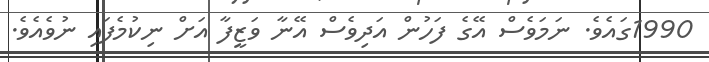
1990ގައެވެ. ނަމަވެސް އޭގެ ފަހުން އަދިވެސް އޭނާ ވަޒީފާ އަށް ނިކުމެފައި ނުވެއެވެ.